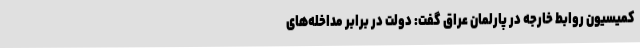
کمیسیون روابط خارجه در پارلمان عراق گفت: دولت در برابر مداخله‌های